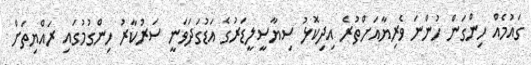
ގައުމެއް ހިންގަން ހުންނަ ވެރިޔާއަށްތުރެ އިދިކޮޅު ސިޔާސީލީޑަރުގެ އަޑުގަދަވަނީ ސަރުކާރު ހިންގުމުގައި ރައްޔިތަށް